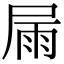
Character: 屚